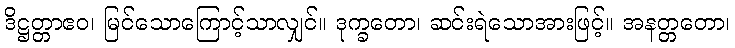
ဒိဋ္ဌတ္တာဧဝ၊ မြင်သောကြောင့်သာလျှင်။ ဒုက္ခတော၊ ဆင်းရဲသောအားဖြင့်။ အနတ္တတော၊